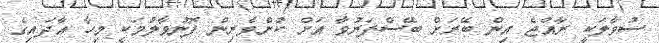
ސުވާލަކީ ރާއްޖެ އިން ބޭރަށް ބޭސްފަރުވާ އަށް ކުށްވެރިން ފޮނުވާލުމަކީ މިހާ އާދައިގެ